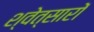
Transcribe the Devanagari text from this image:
श्वेत्सारों